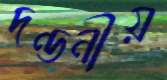
দণ্ডনীয়